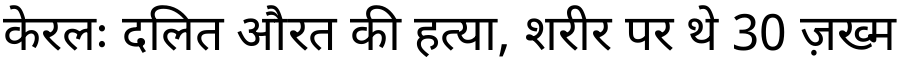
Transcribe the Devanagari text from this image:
केरलः दलित औरत की हत्या, शरीर पर थे 30 ज़ख्म